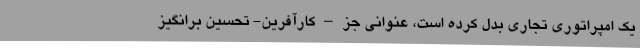
یک امپراتوری تجاری بدل کرده است، عنوانی جز – کارآفرینِ- تحسین برانگیز